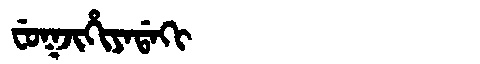
Manchu: ᠸᡠᡴᠵᡳᡥᡳᠶᠠᡩᠠᡴᡳ
Romanization: FUKJIHIYADAKI